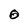
Character: O